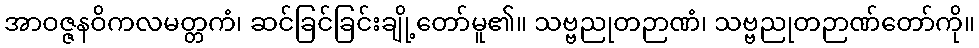
အာဝဇ္ဇနဝိကလမတ္တကံ၊ ဆင်ခြင်ခြင်းချို့တော်မူ၏။ သဗ္ဗညုတဉာဏံ၊ သဗ္ဗညုတဉာဏ်တော်ကို။